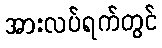
အားလပ်ရက်တွင်